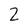
Character: Z